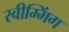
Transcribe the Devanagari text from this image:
स्वीम्मिंग